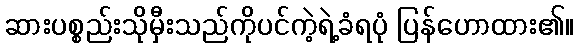
ဆားပစ္စည်းသိုမှီးသည်ကိုပင်ကဲ့ရဲ့ခံရပုံ ပြန်ဟောထား၏။